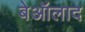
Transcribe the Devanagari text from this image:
बेऑलाद